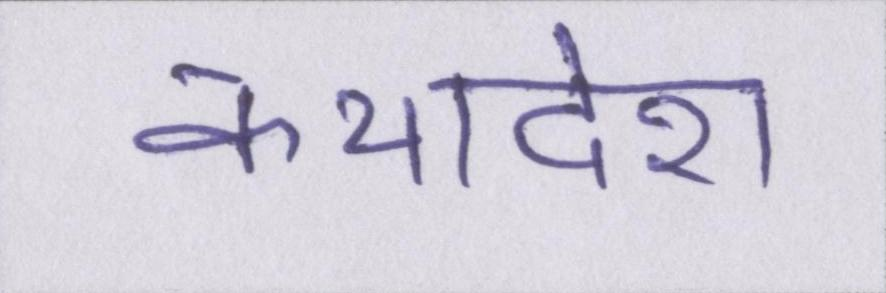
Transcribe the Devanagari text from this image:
कथादेश